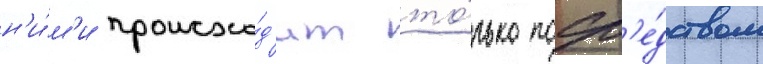
н'и́м'и происхо́д'ит то́лько поср'е́дством